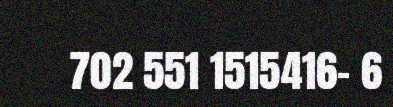
702 551 1515416- 6